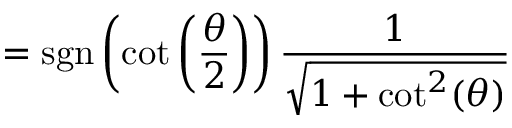
= \operatorname { s g n } \left( \cot \left( { \frac { \theta } { 2 } } \right) \right) { \frac { 1 } { \sqrt { 1 + \cot ^ { 2 } ( \theta ) } } }